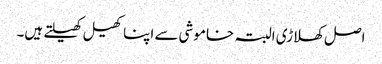
اصل کھلاڑی البتہ خاموشی سے اپنا کھیل کھیلتے ہیں۔